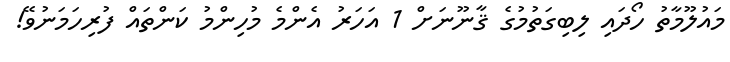
މައުލޫމާތު ހޯދައި ލިބިގަތުމުގެ ޤާނޫނަށް 1 އަހަރު އެންމެ މުހިންމު ކަންތައް ފުރިހަމަނުވޭ!